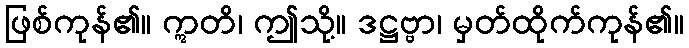
ဖြစ်ကုန်၏။ ဣတိ၊ ဤသို့။ ဒဋ္ဌဗ္ဗာ၊ မှတ်ထိုက်ကုန်၏။